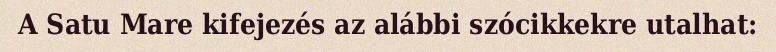
A Satu Mare kifejezés az alábbi szócikkekre utalhat: